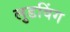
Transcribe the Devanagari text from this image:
लुडविंग